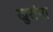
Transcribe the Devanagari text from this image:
खुरांना